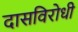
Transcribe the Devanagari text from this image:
दासविरोधी